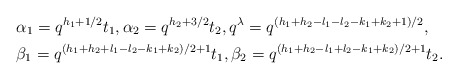
\begin{align*}&\alpha_1=q^{h_1+1/2}t_1, \alpha_2=q^{h_2+3/2}t_2, q^{\lambda}=q^{(h_1+h_2-l_1-l_2-k_1+k_2+1)/2},\\&\beta_1=q^{(h_1+h_2+l_1-l_2-k_1+k_2)/2+1}t_1, \beta_2=q^{(h_1+h_2-l_1+l_2-k_1+k_2)/2+1}t_2.\end{align*}